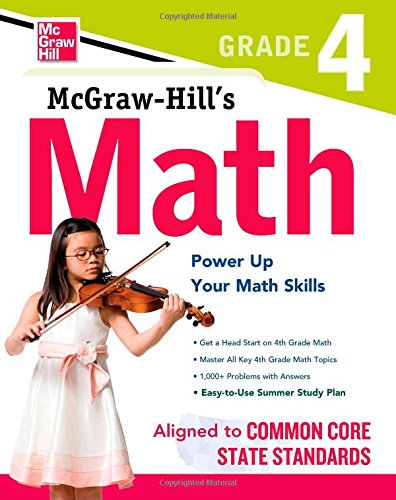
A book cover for McGraw-Hill Math Grade 4; McGraw-Hill Education; Test Preparation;